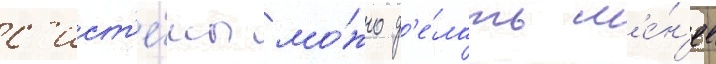
с'ист'е́мы мо́жно д'е́лать м'е́н'ее